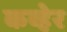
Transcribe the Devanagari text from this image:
कव्हेर